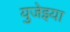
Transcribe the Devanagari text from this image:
युजेइया